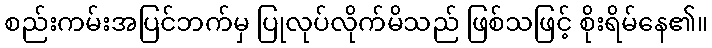
စည်းကမ်းအပြင်ဘက်မှ ပြုလုပ်လိုက်မိသည် ဖြစ်သဖြင့် စိုးရိမ်နေ၏။